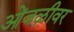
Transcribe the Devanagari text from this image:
ओंजळीवर